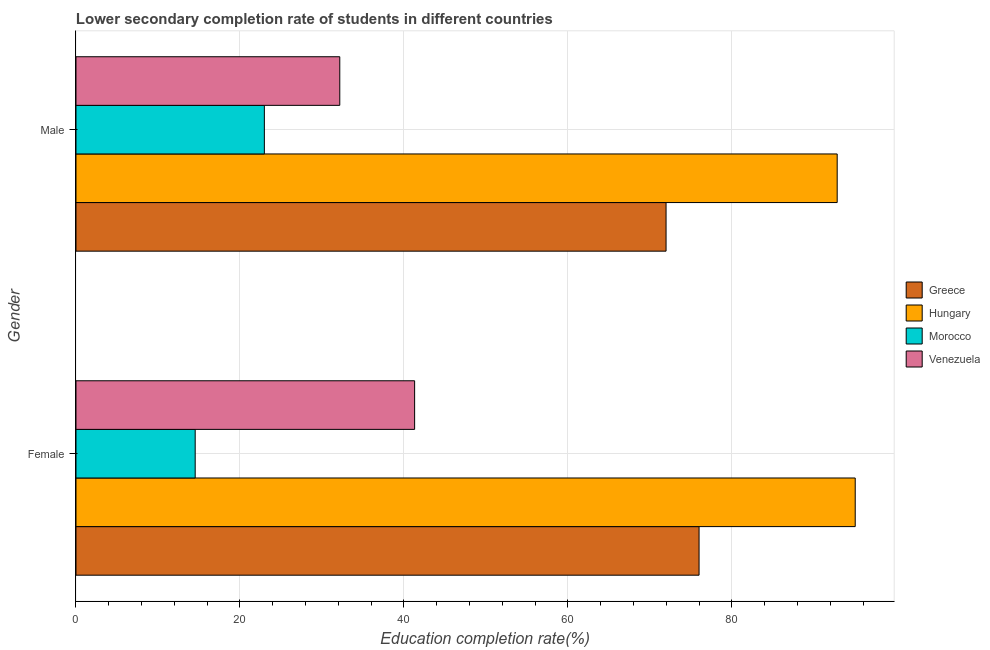
| Gender | Greece | Hungary | Morocco | Venezuela |
 | --- | --- | --- | --- | --- |
 | Female | 76 | 95 | 14.5 | 41.3 |
 | Male | 72 | 92.8 | 23 | 32.2 |